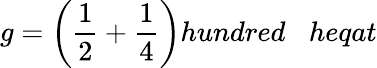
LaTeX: g={\bigg(}{\frac{1}{2}}+{\frac{1}{4}}{\bigg)}hundred\; \; \; heqat